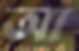
আ